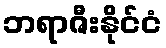
ဘရာဇီးနိုင်ငံ